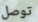
توصل